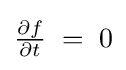
\textstyle {\frac {\partial f}{\partial t}}\;=\;0